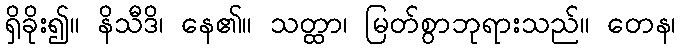
ရှိခိုး၍။ နိသီဒိ၊ နေ၏။ သတ္ထာ၊ မြတ်စွာဘုရားသည်။ တေန၊